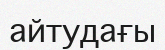
айтудағы